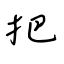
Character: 把